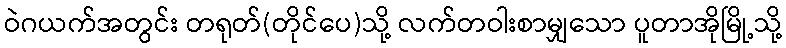
ဝဲဂယက်အတွင်း တရုတ်(တိုင်ပေ)သို့ လက်တဝါးစာမျှသော ပူတာအိုမြို့သို့